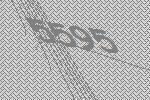
5595